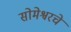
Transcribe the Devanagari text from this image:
सोमेश्वरचे